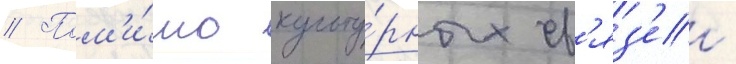
// Пом'и́мо культу́рных св'яз'еи